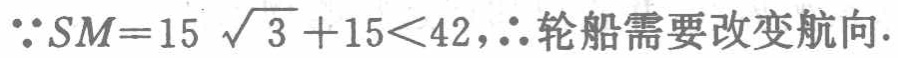
\(\because SM = 15\sqrt{3}+15<42,\therefore\)轮船需要改变航向.